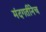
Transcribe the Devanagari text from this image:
मंदगतीनेच